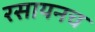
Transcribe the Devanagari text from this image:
रसायनच